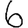
Digit: 6